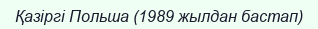
Қазіргі Польша (1989 жылдан бастап)